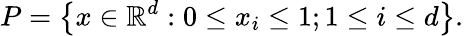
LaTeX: P=\left\{ x\in\mathbb{R}^{d}:0\leq x_{i}\leq 1;1\leq i\leq d\right\} .